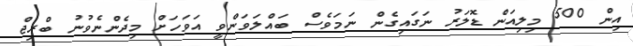
އިން 500 މިލިއަން ޑޮލަރު ނަގައިގެން ނަމަވެސް ބައްލަވަންވީ އަވަހަށް މިދެންނެވުނު ބްރިޖް